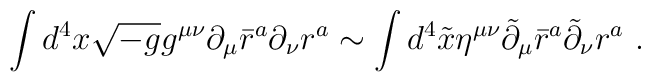
\int d^4x \sqrt{-g} g^{\mu\nu} \partial_\mu \bar{r}^a\partial_\nu r^a \sim \int d^4 \tilde{x} \eta ^{\mu\nu}\tilde{\partial}_\mu \bar{r}^a \tilde{\partial}_\nu r^a \ .